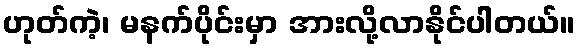
ဟုတ်ကဲ့၊ မနက်ပိုင်းမှာ အားလို့လာနိုင်ပါတယ်။